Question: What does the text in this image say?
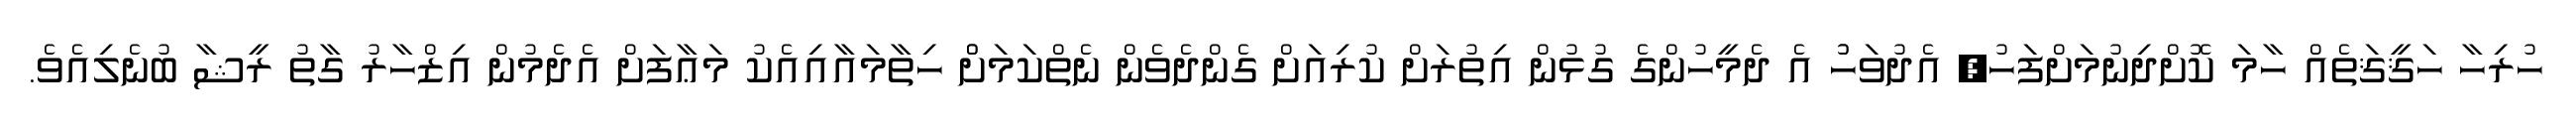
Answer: ހުރިހާ ހަޤީޤަތެއް ހާމަ ކޮށްދިނުމަށްފަހު, އެދުވަހުު އެ ދެމީހުންގެ ގުޅުން އިތުރަށް ކުރިއަށް ގެންދެވެން ނެތްކަމަށްް ހިތާމައާއިއެކު މަޢާފަށް އެދެމުން އިޒްހާރު ގާތު ރީޝާ ބުނެލިއެވެ.